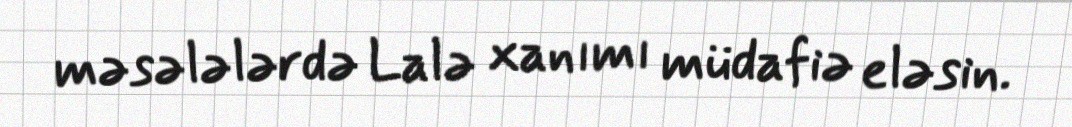
məsələlərdə Lalə xanımı müdafiə eləsin.